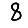
Digit: 8